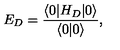
E _ { D } = \frac { \langle 0 | H _ { D } | 0 \rangle } { \langle 0 | 0 \rangle } ,